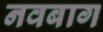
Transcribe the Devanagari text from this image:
नवबाग